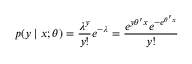
p ( y \mid x ; \theta ) = { \frac { \lambda ^ { y } } { y ! } } e ^ { - \lambda } = { \frac { e ^ { y \theta ^ { \prime } x } e ^ { - e ^ { \theta ^ { \prime } x } } } { y ! } }